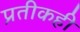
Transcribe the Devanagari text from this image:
प्रतीकही